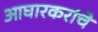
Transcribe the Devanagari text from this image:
आघारकरांचे